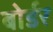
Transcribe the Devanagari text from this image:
बोर्डर